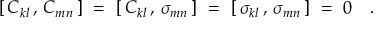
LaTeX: [ \, C _ { k l } \, , \, C _ { m n } \, ] ~ = ~ [ \, C _ { k l } \, , \, \sigma _ { m n } \, ] ~ = ~ [ \, \sigma _ { k l } \, , \, \sigma _ { m n } \, ] ~ = ~ 0 ~ ~ ~ .